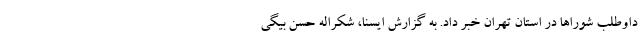
داوطلب شوراها در استان تهران خبر داد. به گزارش ایسنا، شکراله حسن بیگی